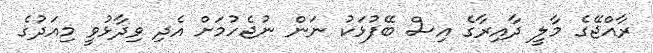
ރާއްޖޭގެ މާލީ ދާއިރާގެ އިސް ބޭފުޅަކު ނަން ނުޖެހުމަށް އެދި ވިދާޅުވީ މިއަދުގެ